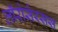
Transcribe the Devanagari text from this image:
लॉरोसेरसस